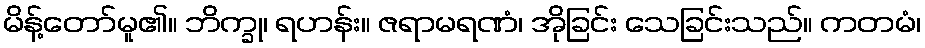
မိန့်တော်မူ၏။ ဘိက္ခု၊ ရဟန်း။ ဇရာမရဏံ၊ အိုခြင်း သေခြင်းသည်။ ကတမံ၊